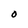
Character: O